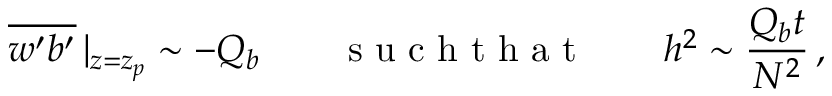
\overline { { w ^ { \prime } b ^ { \prime } } } \, | _ { z = z _ { p } } \sim - Q _ { b } \qquad \mathrm { ~ s ~ u ~ c ~ h ~ t ~ h ~ a ~ t ~ } \qquad h ^ { 2 } \sim \frac { Q _ { b } t } { N ^ { 2 } } \, ,